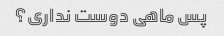
پس ماهی دوست نداری؟